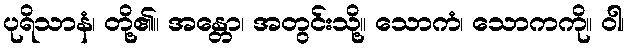
ပုရိသာနံ၊ တို့၏။ အန္တော၊ အတွင်းသို့။ သောကံ၊ သောကကို။ ဝါ၊